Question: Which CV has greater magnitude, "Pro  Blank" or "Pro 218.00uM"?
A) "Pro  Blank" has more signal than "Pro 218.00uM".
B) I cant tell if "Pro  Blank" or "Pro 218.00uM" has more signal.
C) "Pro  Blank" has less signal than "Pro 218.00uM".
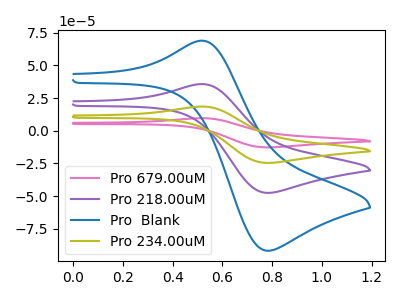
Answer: <think>The pink curve "Pro 679.00uM" has an anodic peak at (0.50V, 107.10uA) and a cathodic peak at (0.80V, -142.85uA). The purple curve "Pro 218.00uM" has an anodic peak at (0.50V, 35.70uA) and a cathodic peak at (0.80V, -47.60uA). The blue curve "Pro  Blank" has an anodic peak at (0.50V, 68.90uA) and a cathodic peak at (0.80V, -91.90uA). The olive curve "Pro 234.00uM" has an anodic peak at (0.50V, 71.40uA) and a cathodic peak at (0.80V, -95.25uA).
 All the peaks in "Pro  Blank" have a peak in "Pro 218.00uM" at the same potential. Every peak in "Pro  Blank" is higher than every peak in "Pro 218.00uM".</think>
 <answer>A) "Pro  Blank" has more signal than "Pro 218.00uM".</answer>
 <eval>A</eval>